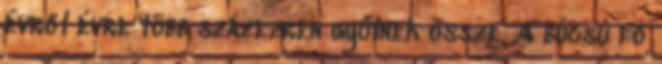
évről évre több százezren gyűlnek össze. A búcsú fő